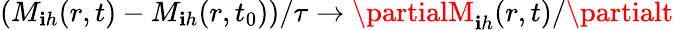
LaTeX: (M_{\mathbf{i}h}(r,t)-M_{\mathbf{i}h}(r,t_{0}))/\tau\rightarrow\partialM_{\mathbf{i}h}(r,t)/\partialt